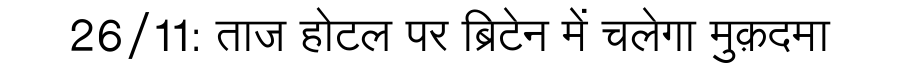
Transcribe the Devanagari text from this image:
26/11: ताज होटल पर ब्रिटेन में चलेगा मुक़दमा